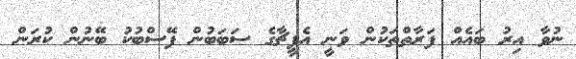
ނުވާ އިރު ބައެއް ފަރާތްތަކުން ވަނީ އެފީޗާގެ ސަބަބުން ފޭސްބުކު ބޭނުން ކުރަން